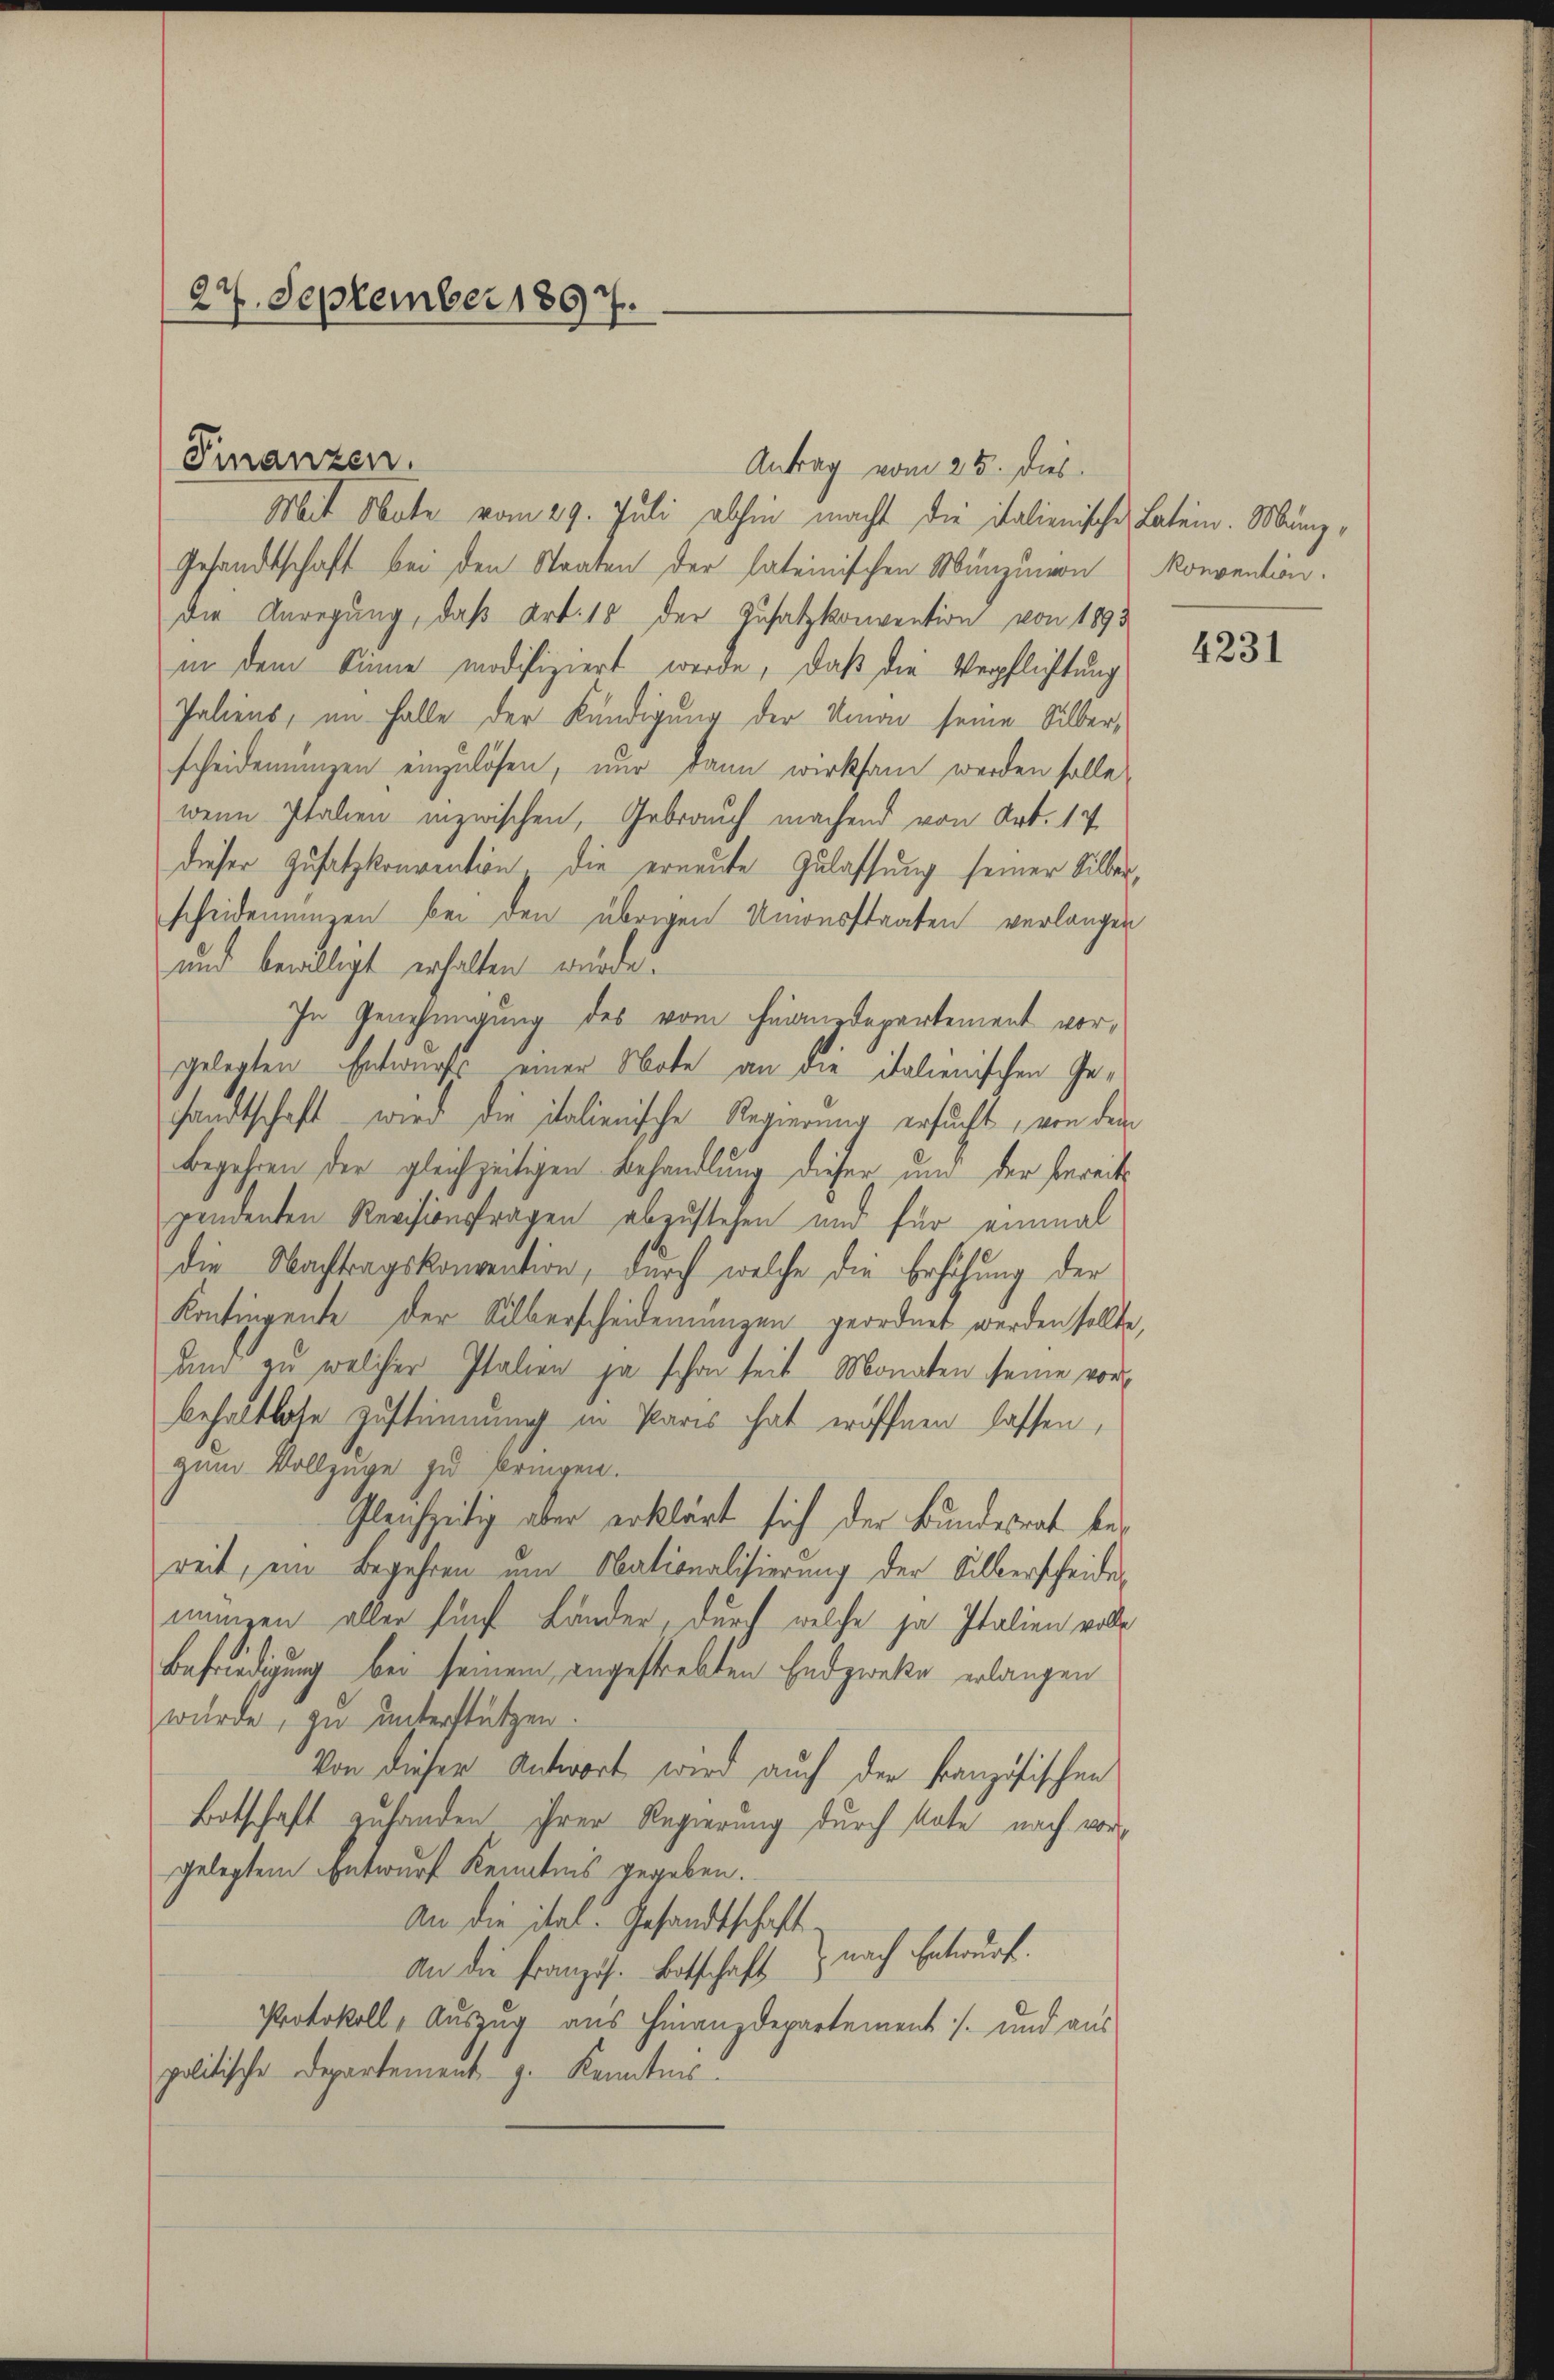
Mit Note vom 29. Juli abhin macht die italienische Latein. Münz¬
Gesandtschaft bei den Staaten der lateinischen Munzion konvention.
Die Anregung, daß Art. 18 der Zusatzkonvention von 1893.
in dem Sinne modifiziert werde, daß die Verpflichtung
Paliens, im Falle der Kündigung der Amon seine Silber,
scheidemünzen einzulösen, nur dann wirksam werden solle,
wenn Italien inzwischen, Gebrauch machend von Art. 17
dieser Zusatzkonvention die erneute Zulassung seiner Silber,
scheidenumen bei den übrigen Unionsstaaten verlangen
und bewilligt erhalten wurde.
In Genehmigung des vom Finanzdepartement vorgelegten Entwurfs einer Note an die Italienischen Ge-
sandtschaft wird die italienische Regierung ersucht, von dem
Begehren der gleichzeitigen Behandlung dieser und der bereits
pendenten Revisionsfragen abzustehen und für einmal
die Nachtragskonvention, durch welche die Erhöhung der
Kontingente der Silberscheidenungen geordnet werden sollte,
und zu welcher Italien ja schon seit Monaten seine vorbehaltlate Zustimmung in Paris hat eröffnen lassen,
zum Vollzüge zu bringen.
Gleichzeitig aber erklärt sich der Bundesrat bereit, ein Begehren um Obationalisierung der Silberscheides
mungen aller fünf Länder, durch welche ja Italien volle
Befriedigung bei seinem angestrebten Endzweke erlangen
wurde, zu unterstützen.
Von dieser Antwort wird auch der Französischen
Botschaft zuhanden ihrer Regierung durch tate nach vorgelegtem Entwurf Kenntnis gegeben.
An die ital. Gesandtschaft-
nach Entwurf.
An die Französ. Botschaft
Protokoll, Auszug aus Finanzdepartement /: und aus
politische Departement z. Kenntnis.

27. September 1897.

Finanzen.

Antrag vom 25. dies

4231